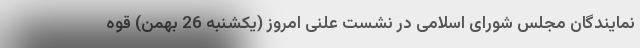
نمایندگان مجلس شورای اسلامی در نشست علنی امروز (یکشنبه 26 بهمن) قوه